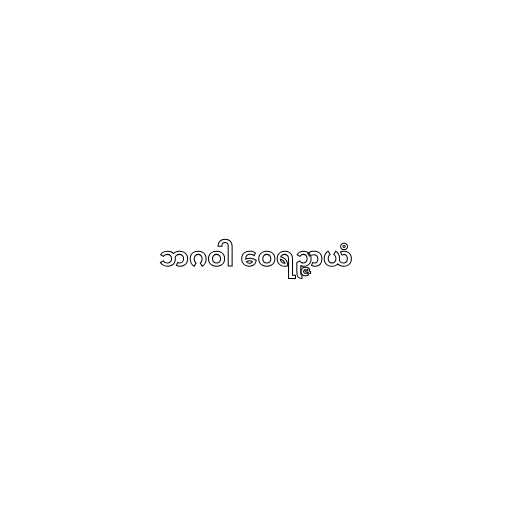
ဘဂဝါ ဝေရဉ္ဇာယံ